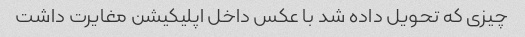
چیزی که تحویل داده شد با عکس داخل اپلیکیشن مغایرت داشت